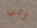
إلى